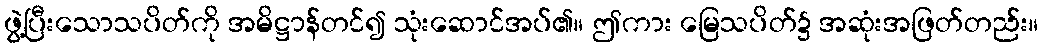
ဖွဲ့ပြီးသောသပိတ်ကို အမိဋ္ဌာန်တင်၍ သုံးဆောင်အပ်၏။ ဤကား မြေသပိတ်၌ အဆုံးအဖြတ်တည်း။